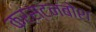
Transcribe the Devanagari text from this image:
कर्स्‍टनबोश